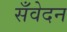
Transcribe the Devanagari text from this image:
सँवेदन